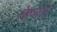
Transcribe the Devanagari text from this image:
केप्पल